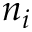
n _ { i }